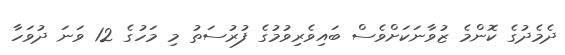
ދެމެދުގެ ކޮންމެ ޒުވާނަކަށްވެސް ބައިވެރިވުމުގެ ފުރުސަތު މި މަހުގެ 12 ވަނަ ދުވަހާ